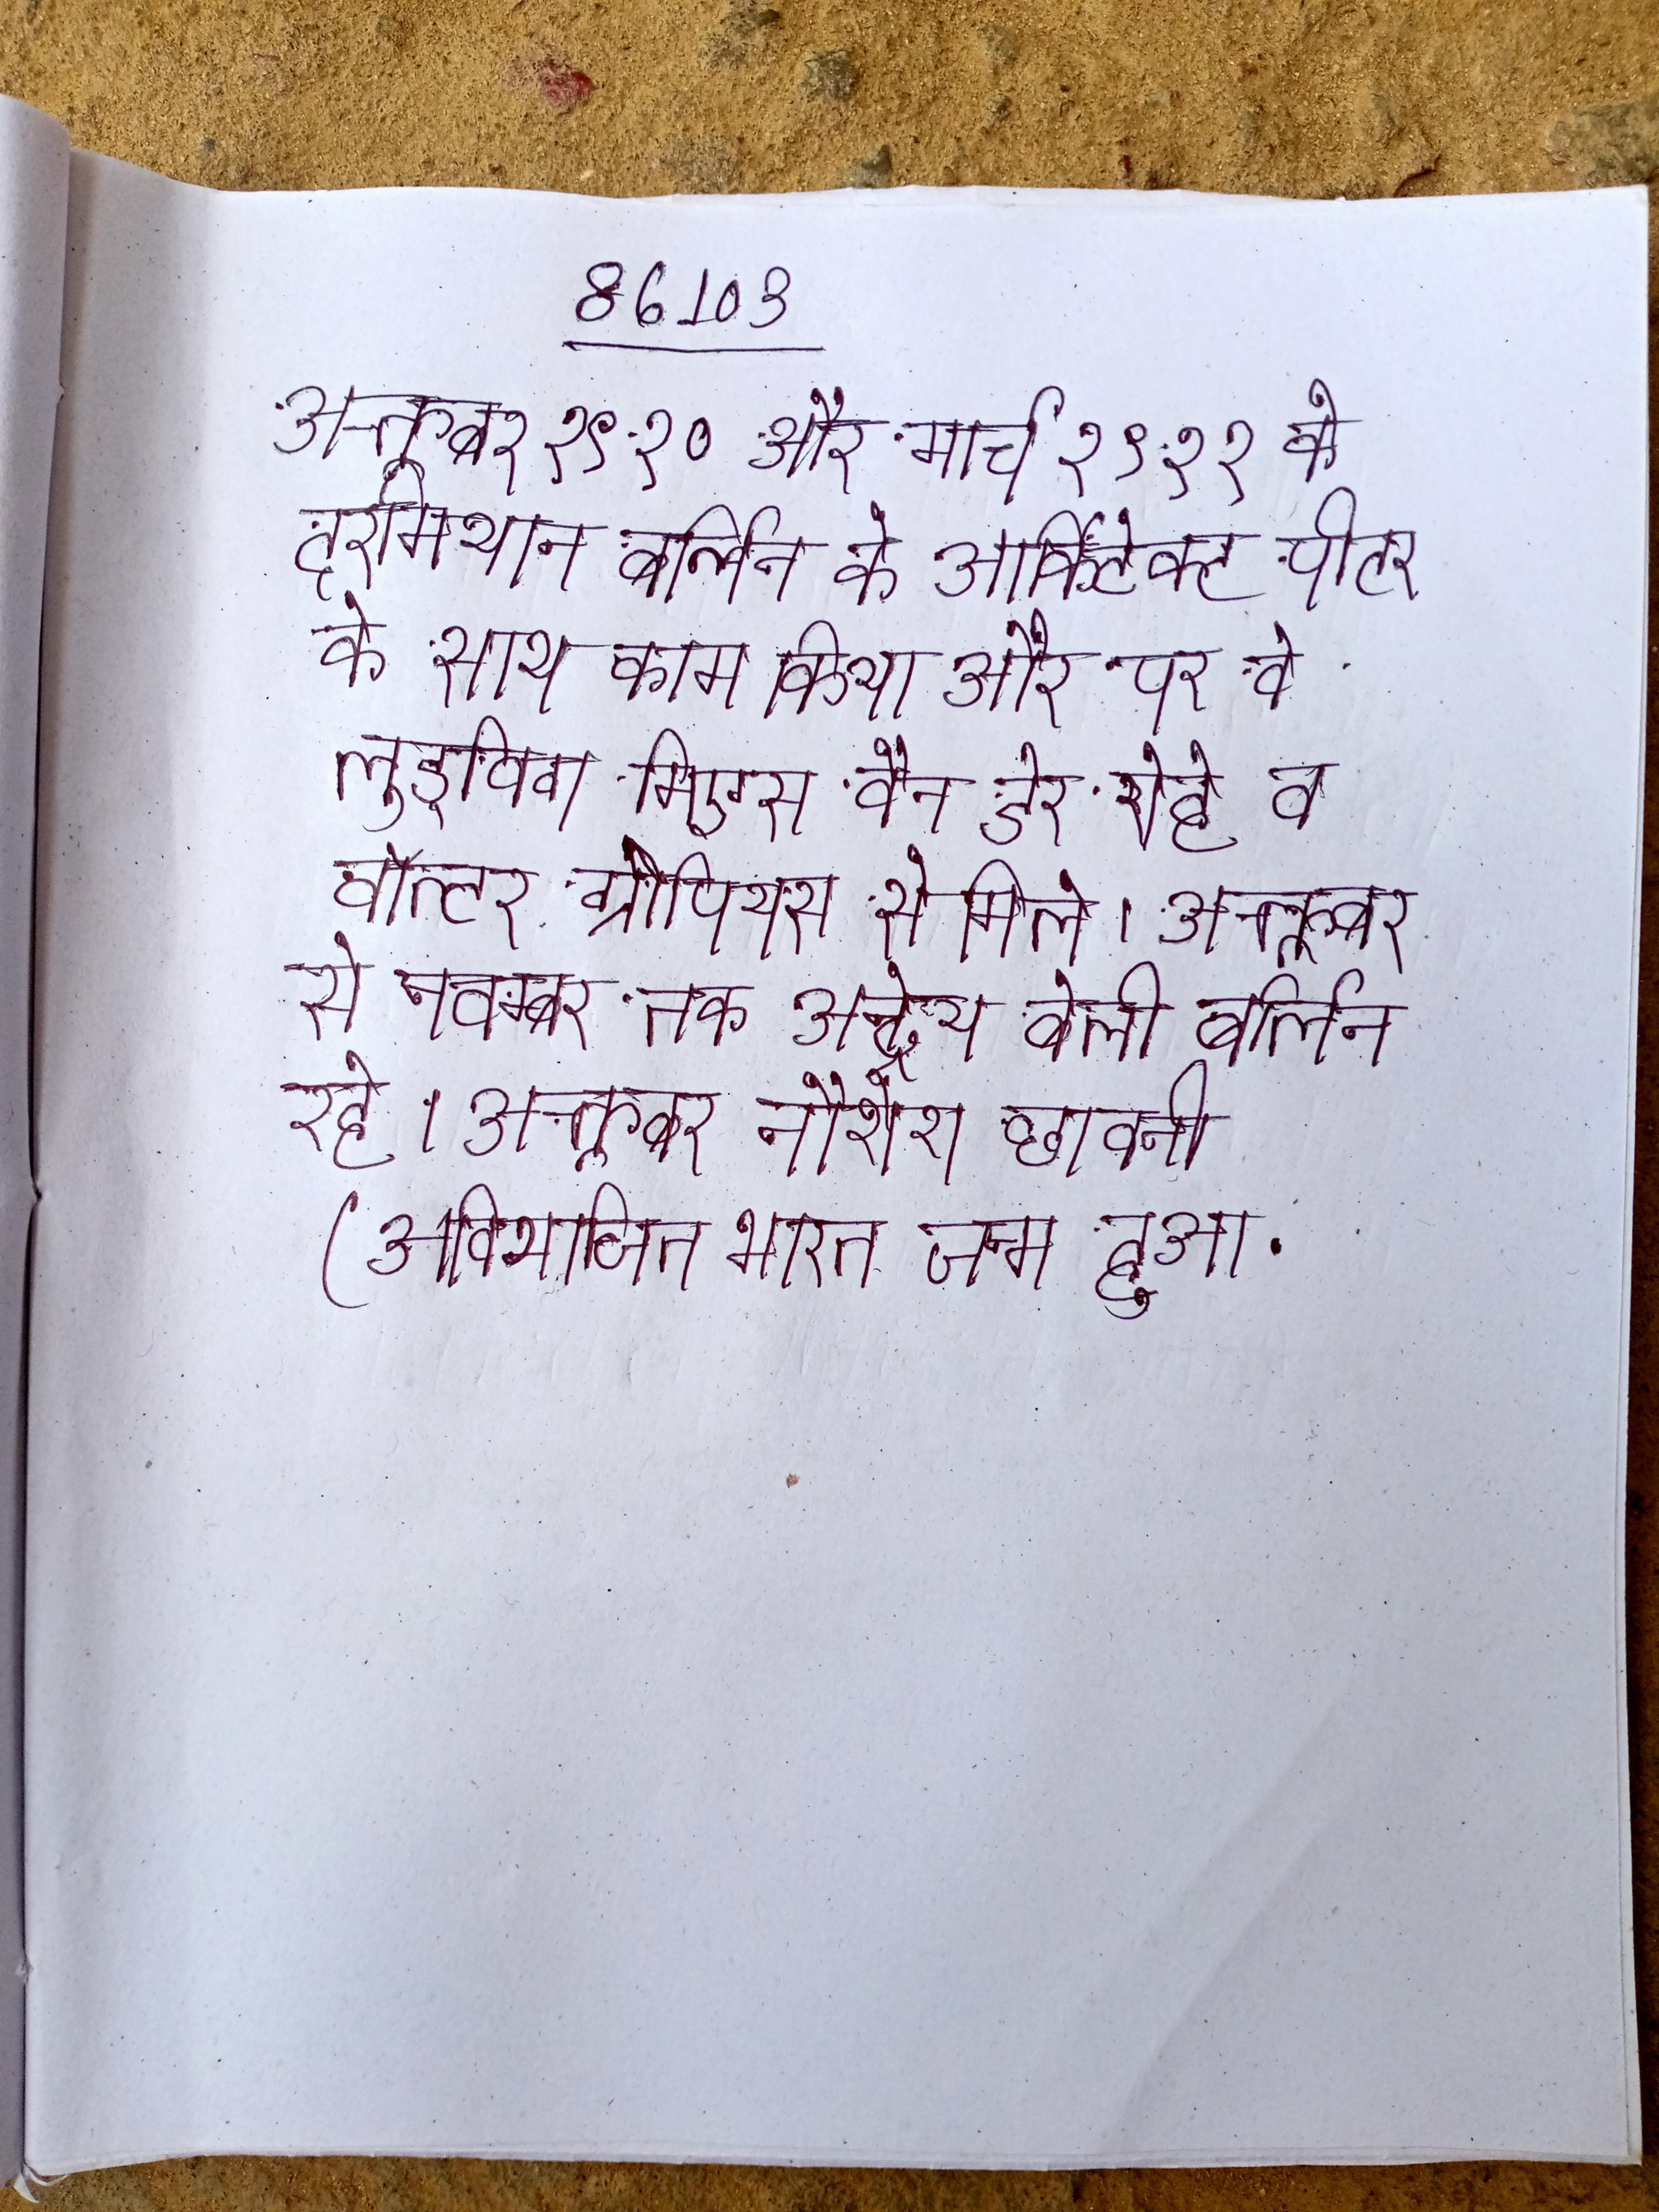
अक्तूबर १९१० और मार्च १९११ के दरमियान बर्लिन के आर्किटेक्ट पीटर के साथ काम किया और पर वे लुड्विग मिएस वैन डेर रोहे व वॉल्टर ग्रोपियस से मिले । अक्तूबर से नवम्बर तक अन्द्रेय बेली बर्लिन रहे । अक्तूबर नौशेरा छावनी (अविभाजित भारत) जन्म हुआ .